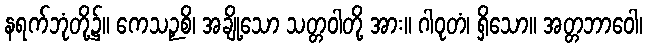
နရက်ဘုံတို့၌။ ကေသဉှစိ၊ အချို့သော သတ္တဝါတို့ အား။ ဂါဝုတံ၊ ရှိသော။ အတ္တဘာဝေါ၊